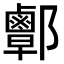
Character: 𨟜